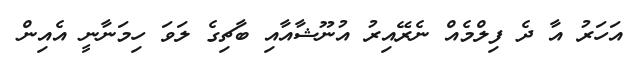
އަހަރު އާ ދެ ފިލްމެއް ނެރޭއިރު އުނޫޝާއާއި ބާޗިގެ ލަވަ ހިމަނާނީ އެއިން